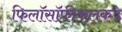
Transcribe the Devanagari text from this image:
फिलॉसॉफीकलकडे